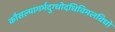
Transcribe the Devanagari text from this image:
कौसल्यागर्भदुग्धोदधिविमलविधो